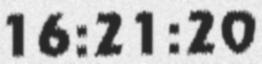
16:21:20